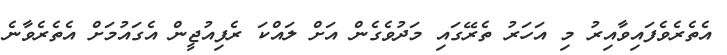
އެތެރެވެފައިވާއިރު މި އަހަރު ތެރޭގައި މަދުވެގެން އަށް ލައްކަ ރެފިއުޖީން އެގައުމަށް އެތެރެވާނެ